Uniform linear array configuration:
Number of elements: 8
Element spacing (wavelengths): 0.75
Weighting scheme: exponential
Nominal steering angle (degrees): -60
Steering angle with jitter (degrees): -60.111
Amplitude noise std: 0.05
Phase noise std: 0.05

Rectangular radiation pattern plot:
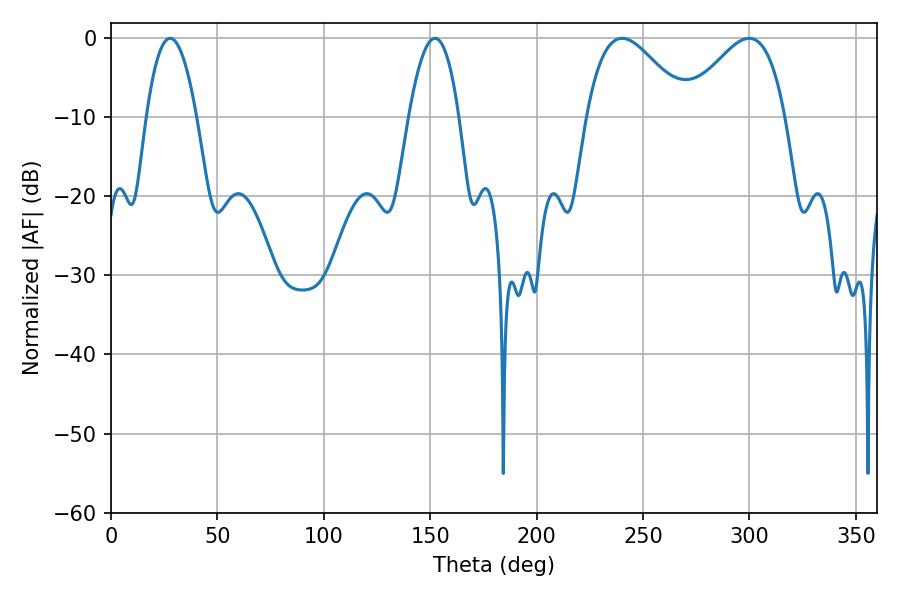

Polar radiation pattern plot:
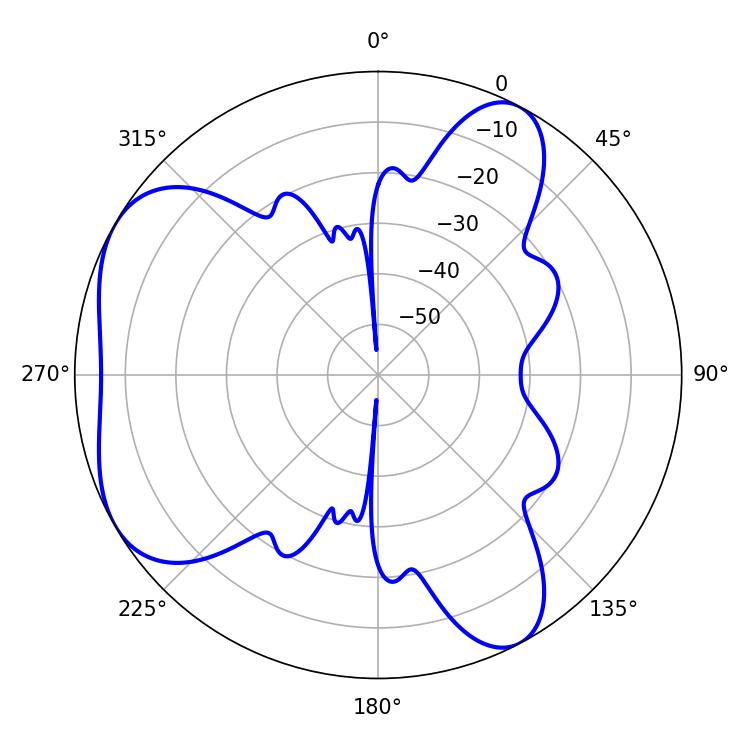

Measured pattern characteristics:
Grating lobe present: TRUE
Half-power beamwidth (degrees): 25.56
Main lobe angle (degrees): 240.12